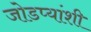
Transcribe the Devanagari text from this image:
जोडप्यांशी